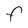
Character: F